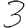
Digit: 3